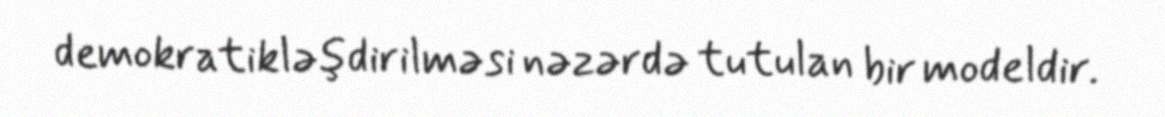
demokratikləşdirilməsi nəzərdə tutulan bir modeldir.